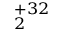
_ { 2 } ^ { + 3 2 }